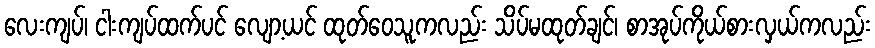
လေးကျပ်၊ ငါးကျပ်ထက်ပင် လျော့ယင် ထုတ်ဝေသူကလည်း သိပ်မထုတ်ချင်၊ စာအုပ်ကိုယ်စားလှယ်ကလည်း